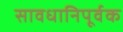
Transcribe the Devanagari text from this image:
सावधानिपूर्वक